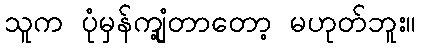
သူက ပုံမှန်ကျုံ့တာတော့ မဟုတ်ဘူး။